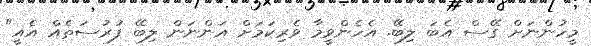
މީހުންނަށް ގޭސް އެބަ ލިބޭ. އެހެންވީމާ ވެރިކަމަށް އަންނަން ލިބޭ ފުރުސަތެއް އެއީ"